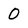
Character: 0